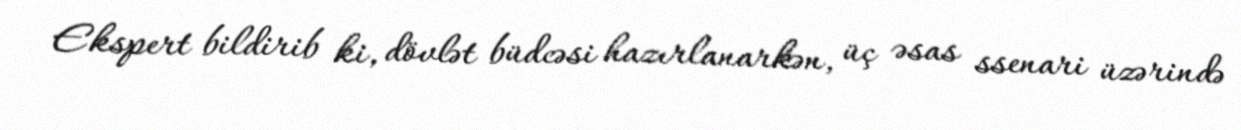
Ekspert bildirib ki, dövlət büdcəsi hazırlanarkən, üç əsas ssenari üzərində